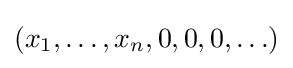
\left(x_{1},\ldots ,x_{n},0,0,0,\ldots \right)